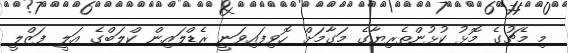
މި މެޗުގެ މޮޅު ކުޅުންތެރިޔާގެ މަގާމަށް ހޮވިފައިވަނީ ރެޑްލައިން ކްލަބްގެ އަލީ ފަޒްލީ